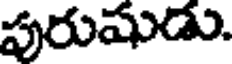
పురుషుడు.